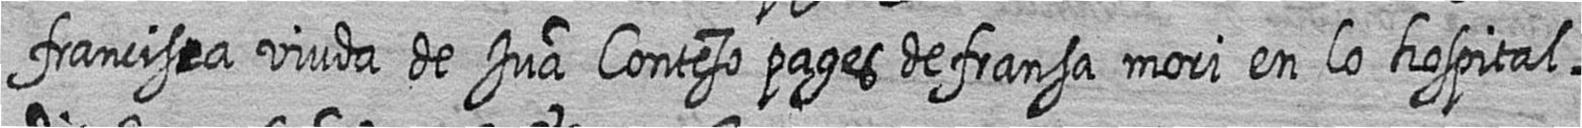
francisca viuda de Jua Conteso pages de fransa mori en lo hospital